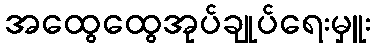
အထွေထွေအုပ်ချုပ်ရေးမှူး